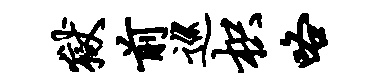
狱前巡枳咯